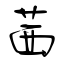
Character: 茜